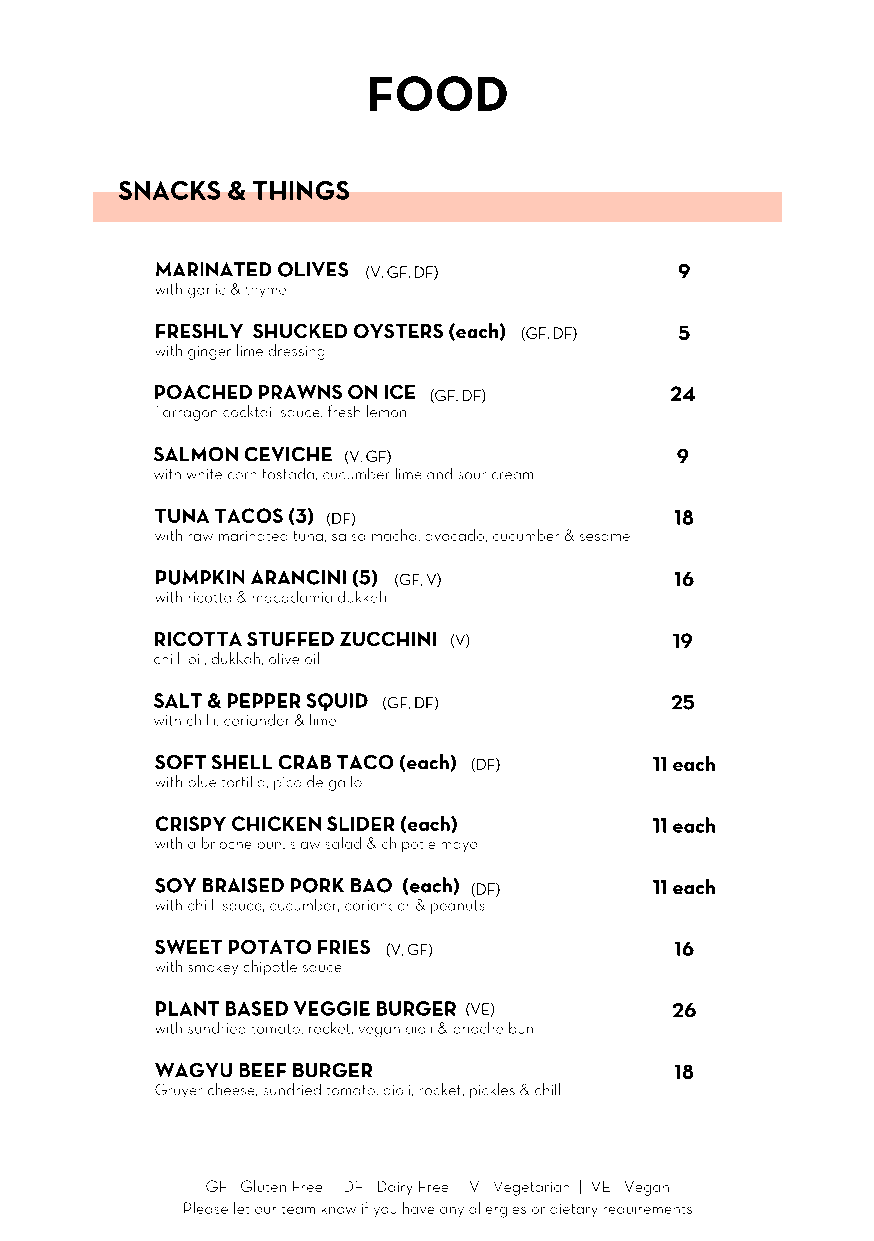
FOOD
 SNACKS & THINGS
 MARINATED OLIVES (V, GF, DF)       9
 with garlic & thyme
 FRESHLY SHUCKED OYSTERS (each) (GF, DF) 5
 with ginger lime dressing
 POACHED PRAWNS ON ICE (GF, DF)    24
 Tarragon cocktail sauce, fresh lemon
 SALMON CEVICHE (V, GF)             9
 with white corn tostada, cucumber lime and sour cream
 TUNA TACOS (3) (DF)                18
 with raw marinated tuna, salsa macha, avocado, cucumber & sesame
 PUMPKIN ARANCINI (5) (GF, V)       16
 with ricotta & macadamia dukkah
 RICOTTA STUFFED ZUCCHINI (V)       19
 chilli oil, dukkah, olive oil
 SALT & PEPPER SQUID (GF, DF)      25
 with chilli, coriander & lime
 SOFT SHELL CRAB TACO (each) (DF) 11 each
 with blue tortilla, pico de gallo
 CRISPY CHICKEN SLIDER (each)     11 each
 with a brioche bun, slaw salad & chipotle mayo
 SOY BRAISED PORK BAO (each) (DF) 11 each
 with chilli sauce, cucumber, coriander & peanuts
 SWEET POTATO FRIES (V, GF)         16
 with smokey chipotle sauce
 PLANT BASED VEGGIE BURGER (VE)    26
 with sundried tomato, rocket, vegan aioli & brioche bun
 WAGYU BEEF BURGER                  18
 Gruyer cheese, sundried tomato, aioli, rocket, pickles & chilli
 GF - Gluten Free | DF - Dairy Free | V - Vegetarian | VE - Vegan
 Please let our team know if you have any allergies or dietary requirements